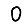
Digit: 0